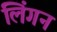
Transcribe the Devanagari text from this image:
लिंगन